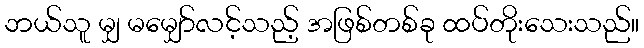
ဘယ်သူ မျှ မမျှော်လင့်သည့် အဖြစ်တစ်ခု ထပ်တိုးသေးသည်။